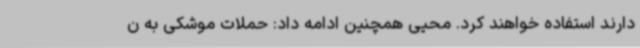
دارند استفاده خواهند کرد. محیی همچنین ادامه داد: حملات موشکی به ن